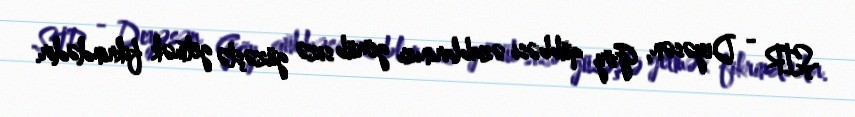
ŞİR - Deyəsən, Göy qübbəsi əzablarınızı görüb sizə güzəştə getmək fikrindədir.